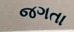
જગતા